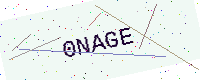
Text: 0NAGE